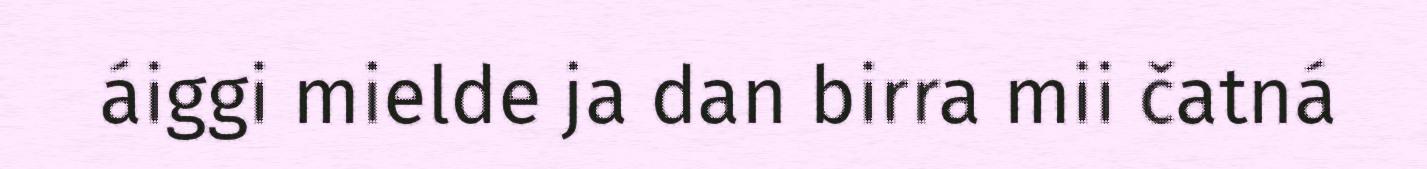
áiggi mielde ja dan birra mii čatná